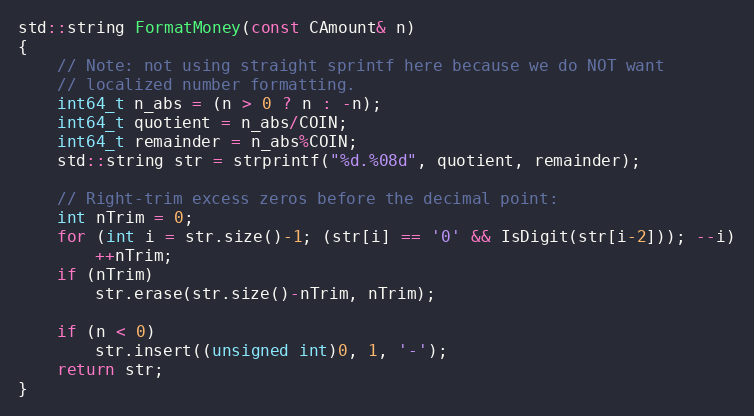
Language: C++
std::string FormatMoney(const CAmount& n)
{
    // Note: not using straight sprintf here because we do NOT want
    // localized number formatting.
    int64_t n_abs = (n > 0 ? n : -n);
    int64_t quotient = n_abs/COIN;
    int64_t remainder = n_abs%COIN;
    std::string str = strprintf("%d.%08d", quotient, remainder);

    // Right-trim excess zeros before the decimal point:
    int nTrim = 0;
    for (int i = str.size()-1; (str[i] == '0' && IsDigit(str[i-2])); --i)
        ++nTrim;
    if (nTrim)
        str.erase(str.size()-nTrim, nTrim);

    if (n < 0)
        str.insert((unsigned int)0, 1, '-');
    return str;
}